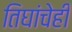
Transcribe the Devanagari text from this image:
तिघांचेही